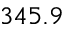
3 4 5 . 9